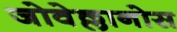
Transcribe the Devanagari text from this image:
जोवेल्लानोस